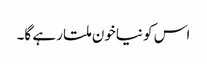
اس کو نیاخون ملتا رہے گا۔